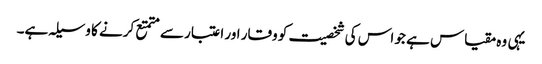
یہی وہ مقیاس ہے جو اس کی شخصیت کو وقار اور اعتبار سے متمتع کرنے کا وسیلہ ہے۔